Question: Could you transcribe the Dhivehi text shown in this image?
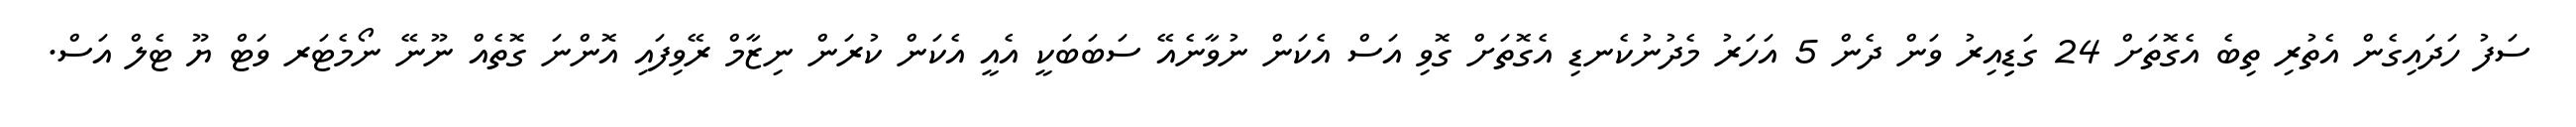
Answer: ސަފު ހަދައިގެން އެތުރި ތިބެ އެގޮތަށް 24 ގަޑިިއިރު ވަން ދެން 5 އަހަރު މެދުނުކެނޑި އެގޮތަށް ގޮވި އަސް އެކަން ނުވާނެއޭ ސަބަބަކީ އެއީ އެކަން ކުރަން ނިޒާމް ރޭވިފައި އޮންނަ ގޮތެއް ނޫނޭ ނޯމެޓަރ ވަޓް ޔޫ ޓެލް އަސް.